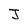
Character: J